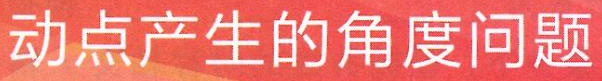
动点产生的角度问题